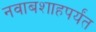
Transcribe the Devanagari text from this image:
नवाबशाहपर्यंत